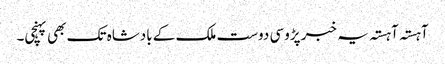
آہستہ آہستہ یہ خبر پڑوسی دوست ملک کے بادشاہ تک بھی پہنچی۔